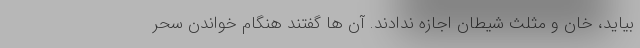
بیاید، خان و مثلث شیطان اجازه ندادند. آن ها گفتند هنگام خواندن سحر